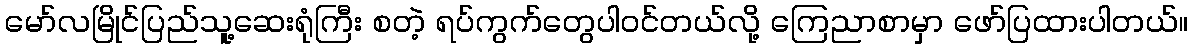
မော်လမြိုင်ပြည်သူ့ဆေးရုံကြီး စတဲ့ ရပ်ကွက်တွေပါဝင်တယ်လို့ ကြေညာစာမှာ ဖော်ပြထားပါတယ်။